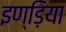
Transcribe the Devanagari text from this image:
इण्ड़िया